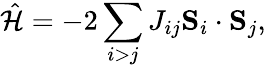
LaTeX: \hat{\mathcal{H}}=-2\sum_{i>j}J_{ij}\mathbf{S}_{i}\cdot\mathbf{S}_{j},